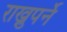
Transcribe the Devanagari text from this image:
राख्नुपर्ने